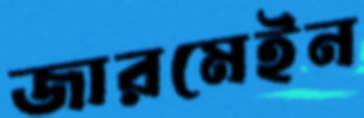
জারমেইন